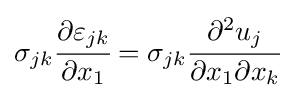
\sigma _{jk}{\cfrac {\partial \varepsilon _{jk}}{\partial x_{1}}}=\sigma _{jk}{\cfrac {\partial ^{2}u_{j}}{\partial x_{1}\partial x_{k}}}